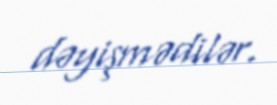
dəyişmədilər.